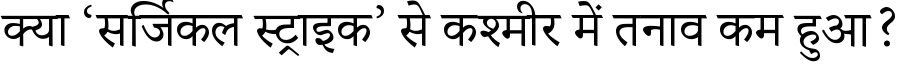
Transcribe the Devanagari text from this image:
क्या ‘सर्जिकल स्ट्राइक’ से कश्मीर में तनाव कम हुआ?